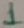
Text: 1